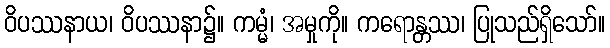
ဝိပဿနာယ၊ ဝိပဿနာ၌။ ကမ္မံ၊ အမှုကို။ ကရောန္တဿ၊ ပြုသည်ရှိသော်။